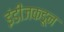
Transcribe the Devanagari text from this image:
इंडीजकडून